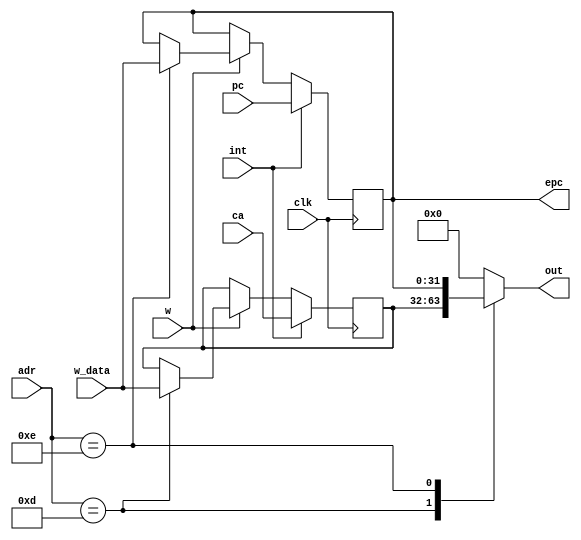
module CP0(
  clk, adr, w, w_data,
  int, pc, ca, out, epc
);

input [4:0] adr;
input w, clk, int;
input [31:0] pc, ca, w_data;
output reg [31:0] out, epc;

reg [31:0] cause;

always @ (adr) begin
  case (adr)
    13: out = cause;
    14: out = epc;
    default: out = 0;
  endcase
end

always @ (posedge clk) begin
  if (int) begin
    cause <= ca;
    epc <= pc;
  end else if (w)
    case (adr)
      13: cause <= w_data;
      14: epc <= w_data;
    endcase
end

endmodule


module CP0Ctrl(
  clk, ov, sys, brk, dz,
  cause, int
);

input ov, sys, brk, dz, clk;
output reg [31:0] cause;
output reg int;

always @ (posedge clk) int <= 0;

always @ (negedge clk) begin
  cause <= 0;
  if (ov | sys | brk | dz) begin
    int <= 1;
    if (dz) cause[6:2] <= 15; // DIVIDE BY ZERO
    else if (ov) cause[6:2] <= 12; // ARITHMETIC OVERFLOW
    else if (sys) cause[6:2] <= 8; // SYSCALL
    else if (brk) cause[6:2] <= 9; // BREAKPOINT
    else cause <= 0;
  end
end

endmodule